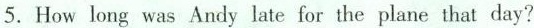
5. How long was Andy late for the plane that day?